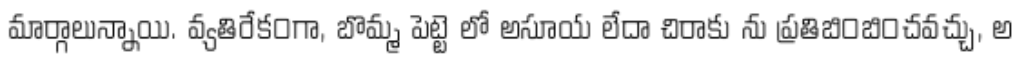
మార్గాలున్నాయి. వ్యతిరేక౦గా, బొమ్మ పెట్టె లో అసూయ లేదా చిరాకు ను ప్రతిబి౦బి౦చవచ్చు, అ